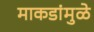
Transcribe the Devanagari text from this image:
माकडांमुळे